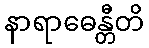
နာရာဓေန္တီတိ